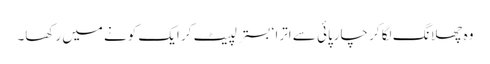
وہ چھلانگ لگا کر چارپائی سے اترا ‘ بستر لپیٹ کر ایک کونے میں رکھا۔